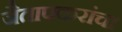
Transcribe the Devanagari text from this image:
जैतापकरांचा